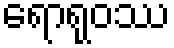
ရောရုဝဿ